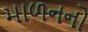
માળનનો